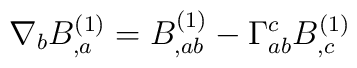
\nabla_bB^{(1)}_{,a} = B^{(1)}_{,ab} - \Gamma^c_{ab} B^{(1)}_{,c}